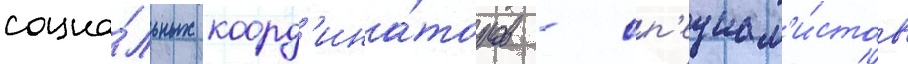
социа́льных коорд'ина́торов - сп'ециал'и́стов